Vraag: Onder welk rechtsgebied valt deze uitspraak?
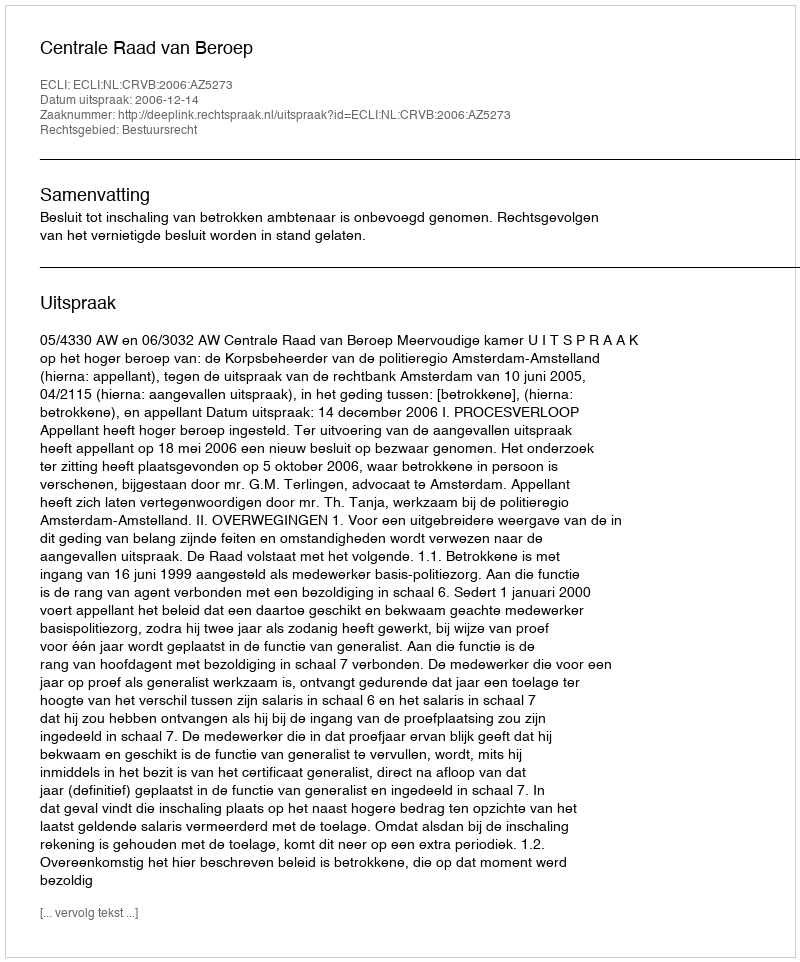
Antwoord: Bestuursrecht